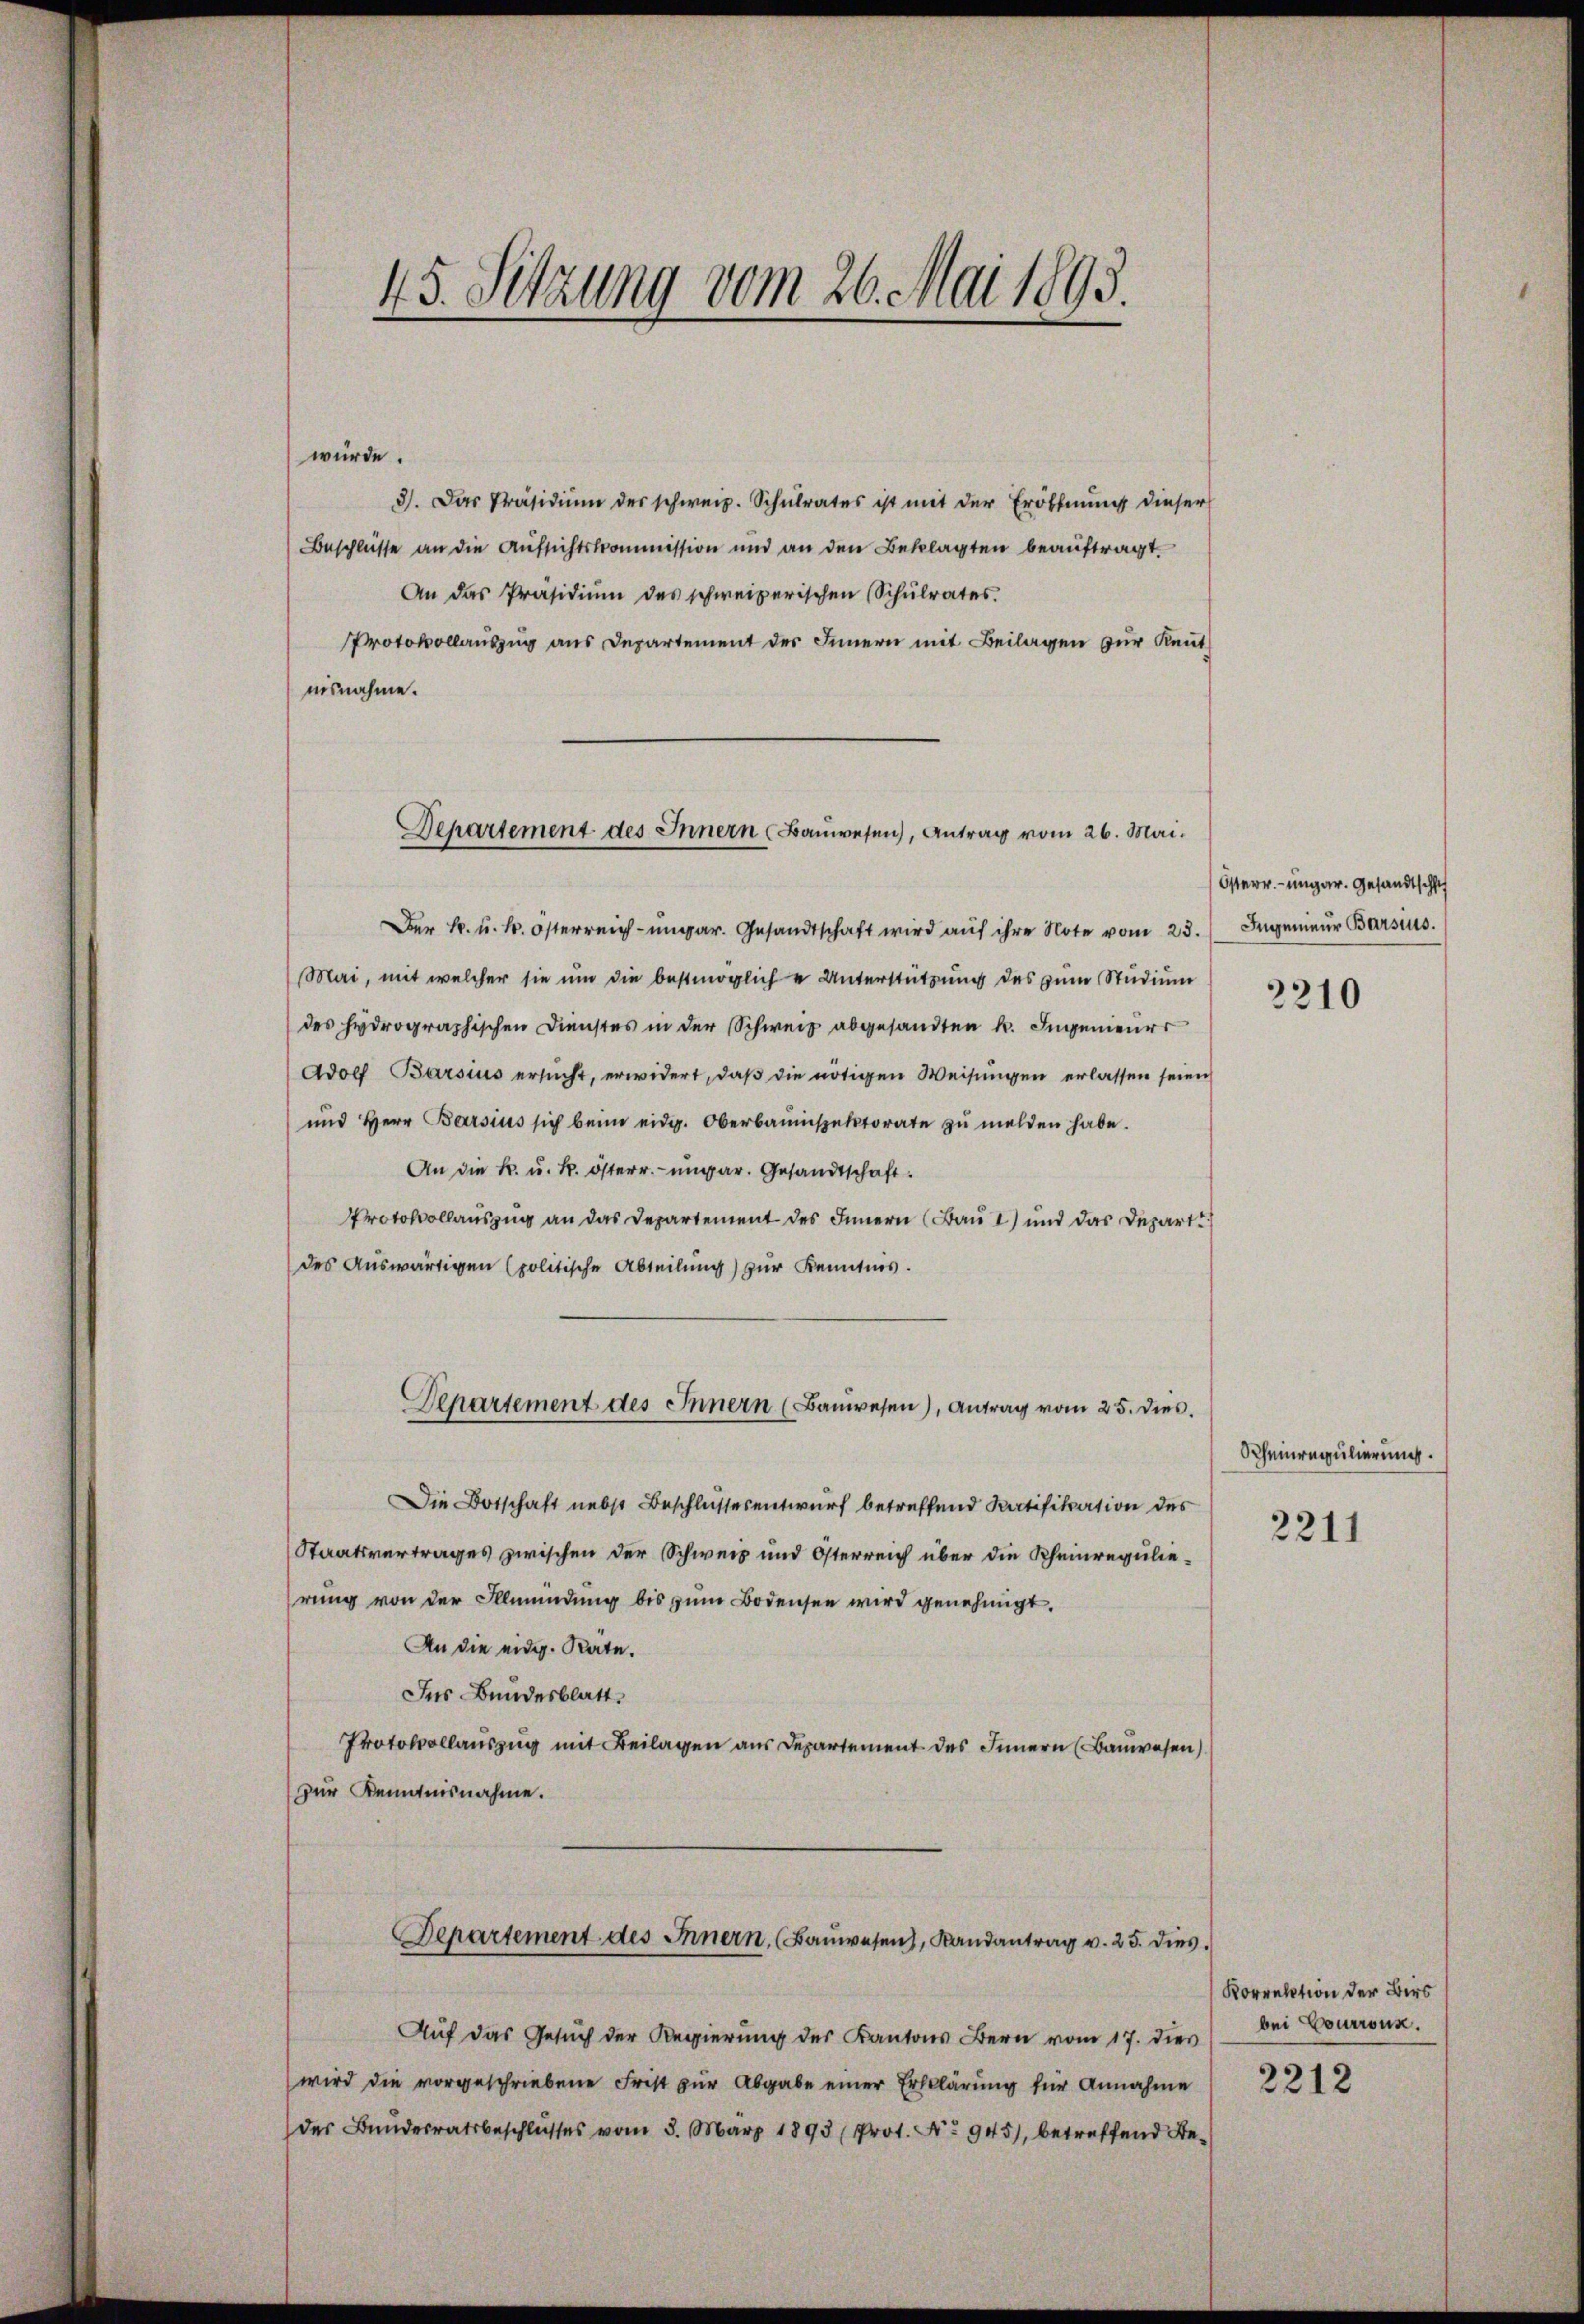
45. Setzung vom 26. Mai 1893.

würde.
3). Das Präsidiŭm der schweiz. Schŭlrates ist mit der Eröffnŭng dieser
Beschlüsse an die Aufsichtskommission und an den Beklagten beauftragt.
An das Präsidiŭm des schweizerischen Schŭlrates.
Protokollauszug aus Departement des Innern mit Beilagen zur Reutnisnahme.
Der k. u. k. österreich-ungar. Gesandtschaft wird auf ihre Note vom 23.
Mai, mit welcher sie um die bestmögliche Unterstützung des zum Studium
des hydrographischen Dienstes in der Schweiz abgesandten k. Ingenieurs
Adolf Barsius ersucht, erwidert, daß die nötigen Weisungen erlassen seien
und Herr Barsius sich beim eidg. Oberbaŭespektorate zŭ melden habe.
An die K. u. k. österr.-ungar. Gesandtschaft
Protokollauszug an das Departement des Innern (Bau 2) und das Depart
des Auswärtigen (politische Abteilung) zur Kenntnis.
Departement des Innern (Baŭwesen), Antrag vom 25. dies
Die Botschaft nebst Beschlussesentwurf betreffend Ratifikation des
Staatsvertrages zwischen der Schweiz und Österreich über die Rheinregulierung von der Illmündung bis zum Bodensee wird genehmigt.
An die eidg. Räte.
Ins Bundesblatt.
Protokollauszug mit Beilagen aus Departement des Innern (Bauwesen)
zur Kenntnisnahme.
Departement des Innern, (Baŭwesen, Randantrag v. 25. dies
Auf das Gesuch der Regierung des Kantons Bern vom 17. dies
wird die vorgeschriebene Frist zur Abgabe einer Erklärung für Annahme
des Bundesratsbeschlusses vom 5. März 1893 (Prot. No 945), betreffend Be¬

Departement des Innern (Bauwesen), Antrag vom 26. Mai.

Österr.-ungar. Gesandtschaf
Ingenieur Barsius.

3310

Scheinregulierung.

2211

Korrektion der Birs
bei Courronn.
2212